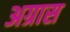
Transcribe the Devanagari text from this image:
अग्रास